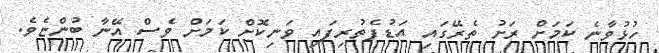
ހުޅުވާނެ ކަމަށް ރަށު ތެރޭގައި އަޑުފެތުރިފައި ވަނިކޮށް ކަމަށް ވެސް އޭނާ ބުންޏެވެ.